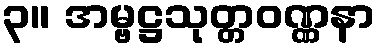
၃။ အမ္ဗဋ္ဌသုတ္တဝဏ္ဏနာ